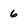
Character: 6